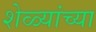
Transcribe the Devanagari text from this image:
शेळ्यांच्या